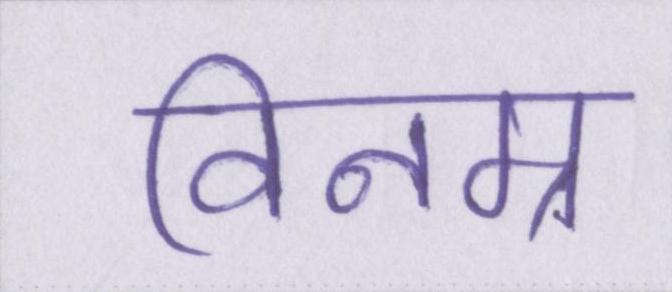
विनम्र